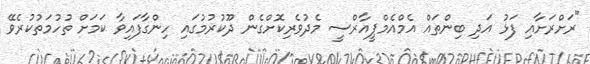
"ރަށްރަށާއި ފަޅު އަދި ބިންތައް އެމްއެމްޕީއާރްސީ މެދުވެރިކޮށްގެން ދޫކުރުމުގައި ހިންގާފައިވާ ކަމަށް ތުހުމަތުކުރެވޭ